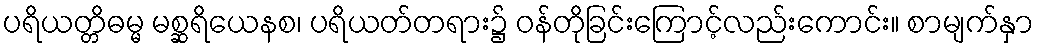
ပရိယတ္တိဓမ္မ မစ္ဆရိယေနစ၊ ပရိယတ်တရား၌ ဝန်တိုခြင်းကြောင့်လည်းကောင်း။ စာမျက်နှာ